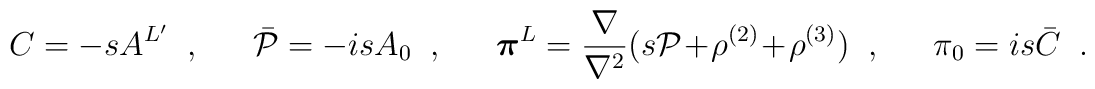
C=-sA^{L'}\;\; , \;\;\hspace{1em} \bar{{\cal P}}=-isA_{0} \;\; , \;\; \hspace{1em}\mbox{\boldmath $\pi$}^L=\frac{\nabla}{\nabla^2}(s{\cal P}+\rho^{(2)}+\rho^{(3)})\;\; , \;\; \hspace{1em}\pi_0=is\bar{C}\;\; .